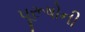
પૂરૂષોની